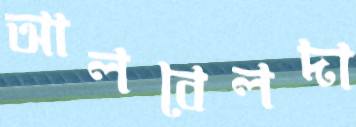
আলবেলদা